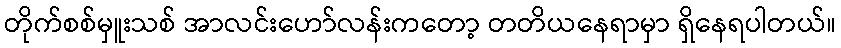
တိုက်စစ်မှူးသစ် အာလင်းဟော်လန်းကတော့ တတိယနေရာမှာ ရှိနေရပါတယ်။